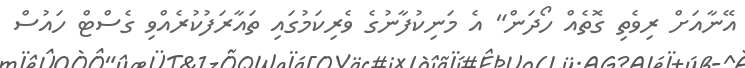
އޭނާއަށް ރިވެތި ގޮތެއް ހޯދަން" އެ މަނިކުފާނުގެ ވެރިކަމުގައި ތައާރަފުކުރެއްވި ގެސްޓް ހައުސް